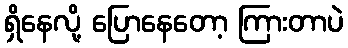
ရှိနေလို့ ပြောနေတော့ ကြားတာပဲ